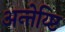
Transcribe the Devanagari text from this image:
अन्तेय्ष्टि